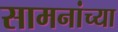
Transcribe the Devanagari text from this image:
सामनांच्या